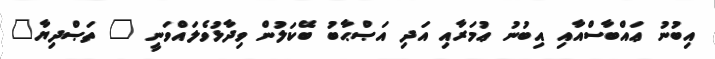
އިބުނު ޢައްބާސްއާއި އިބުނު ޢުމަރާއި އަދި އަޞްޙާބު ބޭކަލުން ވިދާޅުވެލައްވަނީ " ތަޞްދިޔާ"